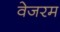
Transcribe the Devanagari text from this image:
वेजरम